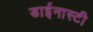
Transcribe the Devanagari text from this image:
डाईनास्टी